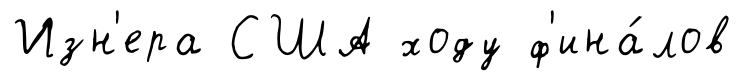
Изн'ера США ходу ф'ина́лов